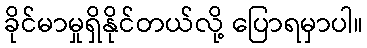
ခိုင်မာမှုရှိနိုင်တယ်လို့ ပြောရမှာပါ။